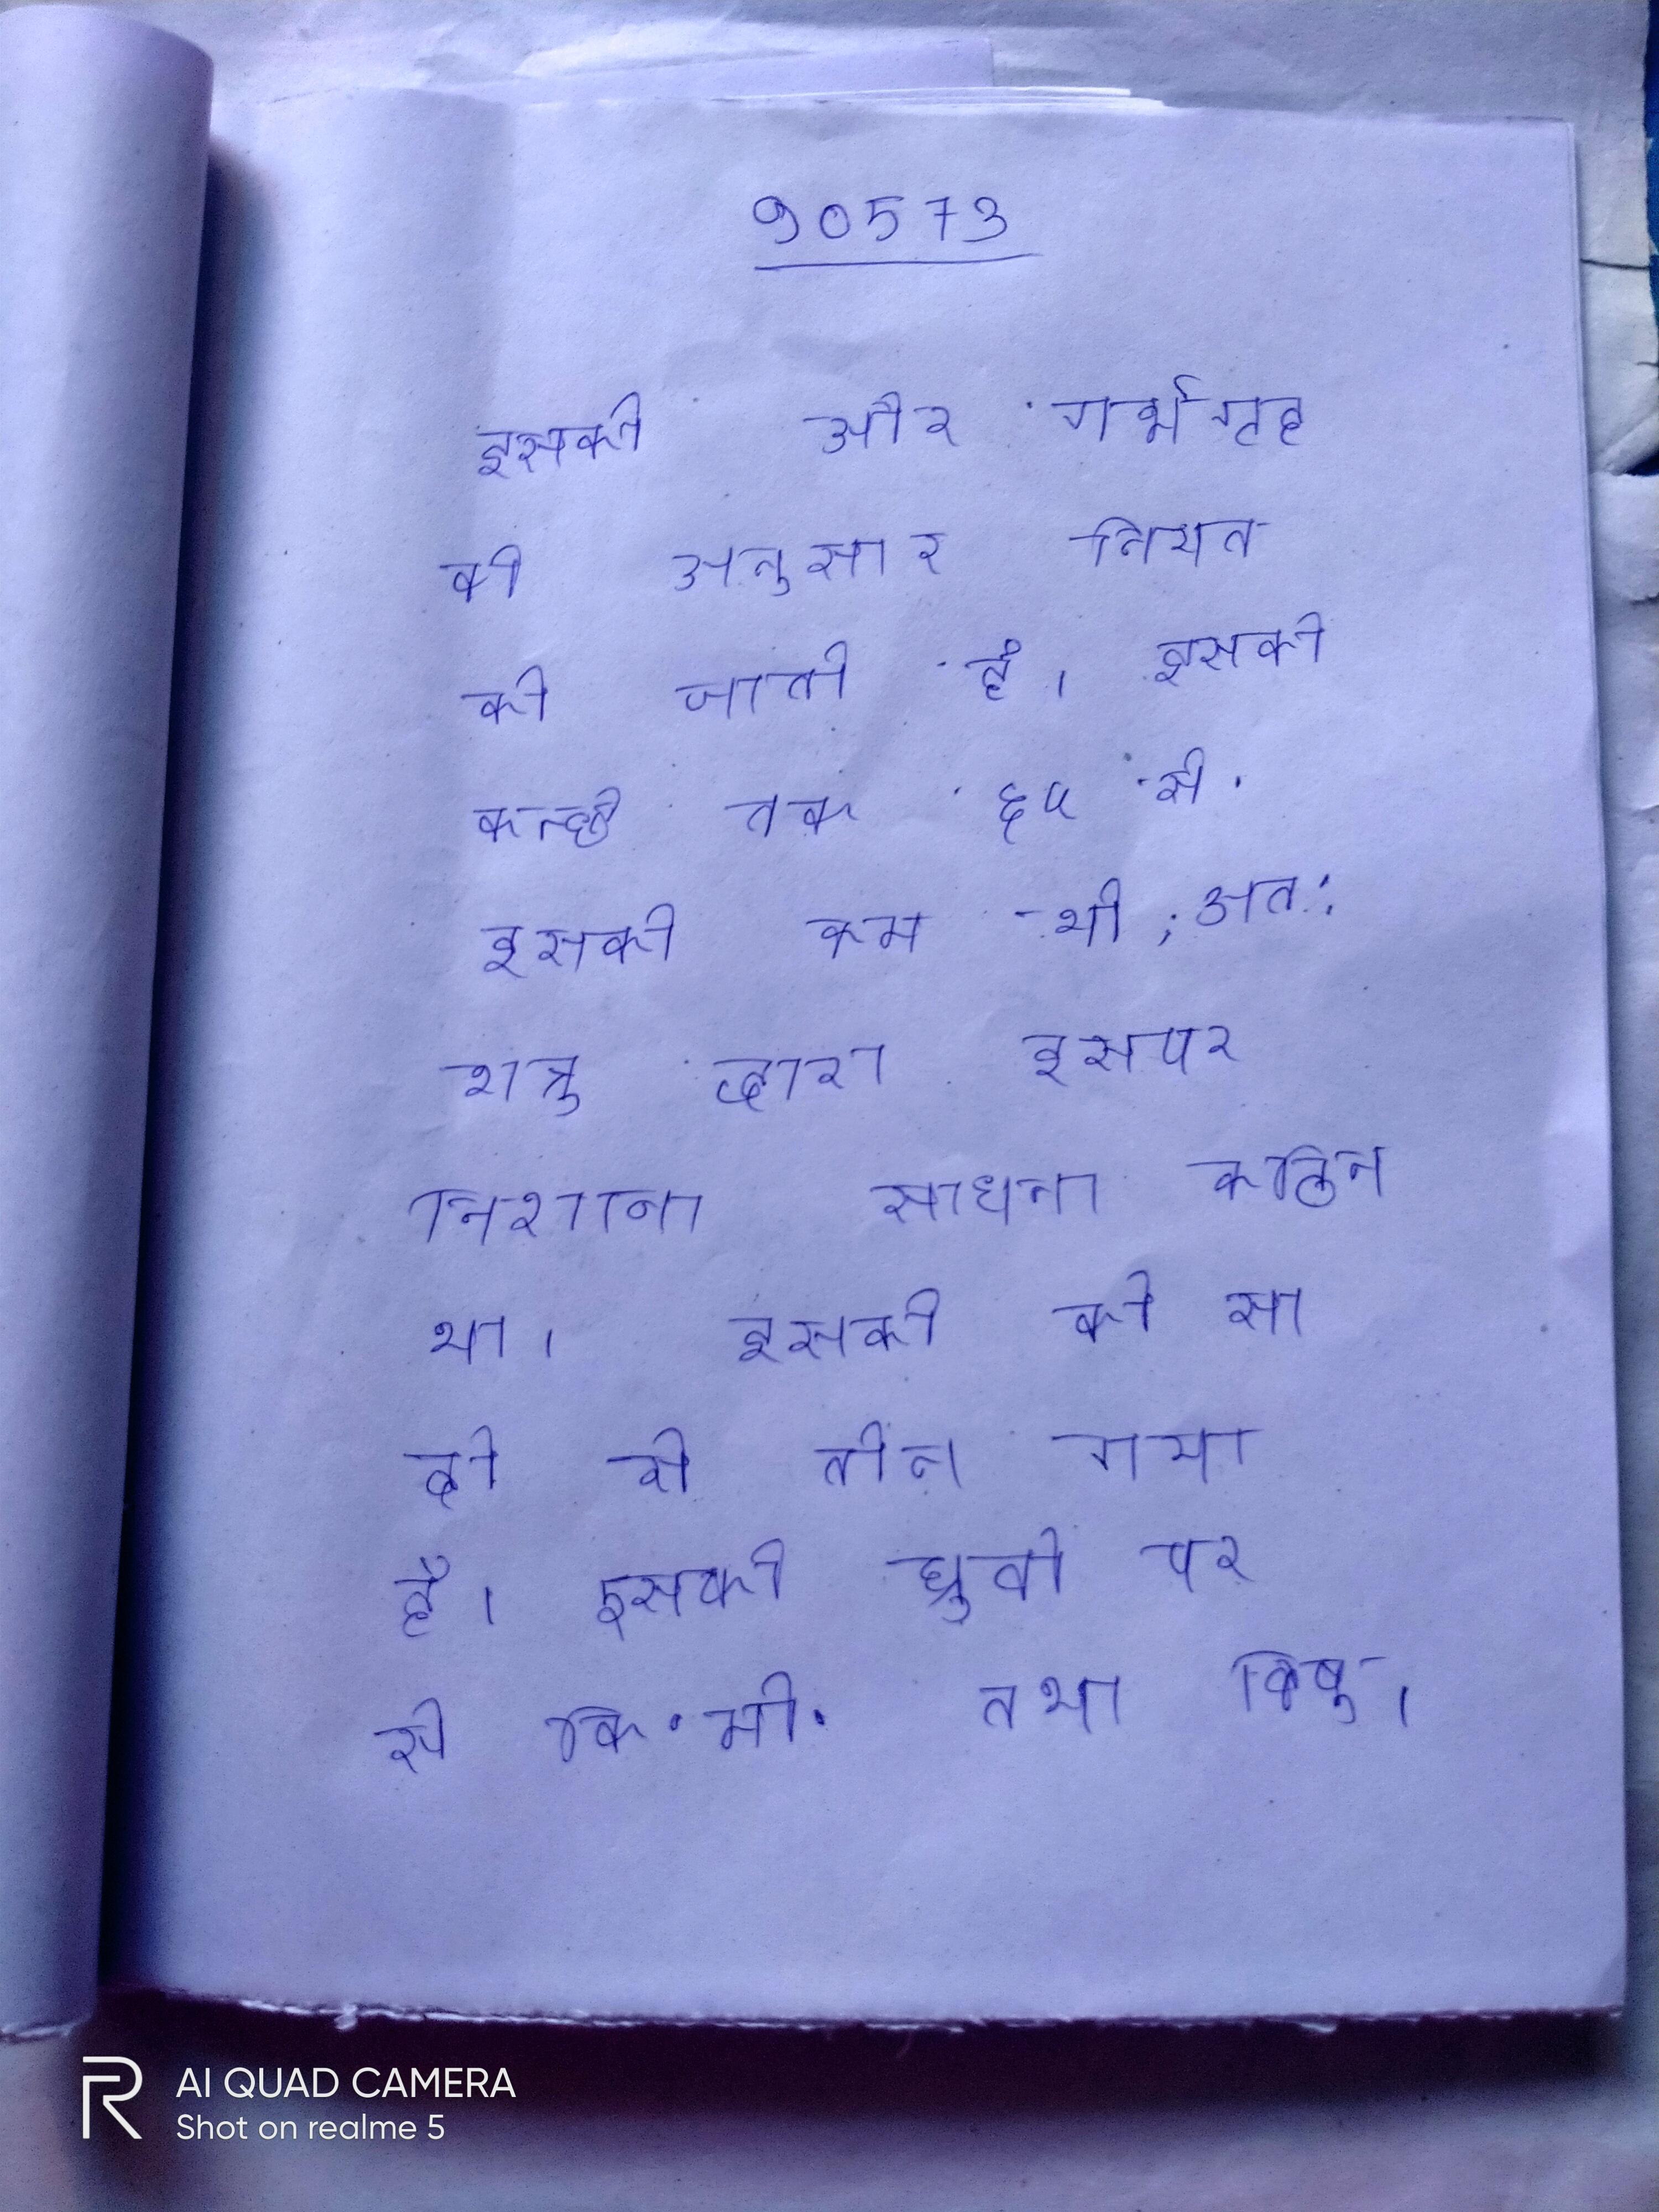
इसकी और गर्भगृह के अनुसार नियत की जाती है । इसकी कन्धे तक ६५ से . इसकी कम थी, अत: शत्रु द्वारा इसपर निशाना साधना कठिन था । इसकी को सादी से तीन गया है । इसकी ध्रुवो पर से कि॰मी॰ तथा विषुवत रेखा पर लगभग से कि॰मी॰ होती है ।